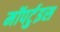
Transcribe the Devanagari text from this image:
मॉपर्टुइस